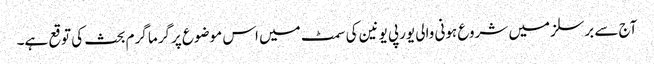
آج سے برسلز میں شروع ہونی والی یورپی یونین کی سمٹ میں اس موضوع پرگرما گرم بحث کی توقع ہے۔